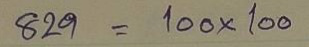
829 = 100x100